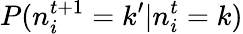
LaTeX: P(n_{i}^{t+1}=k^{\prime}|n_{i}^{t}=k)